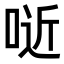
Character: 𠶌